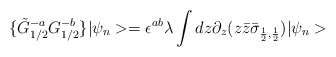
\begin{align*}\{\tilde{G}^{-a}_{1/2}{G}^{-b}_{1/2}\} |\psi_n> = \epsilon^{ab} \lambda\int d z \partial_z (z\bar{z} \bar{\sigma}_{\frac{1}{2},\frac{1}{2}})|\psi_n>\end{align*}